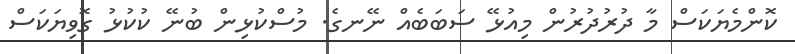
ކޮންމެޔަކަސް މާ ދުރުދުރުން މިއުޅޭ ސަބަބެއް ނޭނގެ. މުސްކުޅިން ބުނޭ ކުކުޅު ގޮވިޔަކަސް